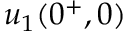
u _ { 1 } ( 0 ^ { + } , 0 )